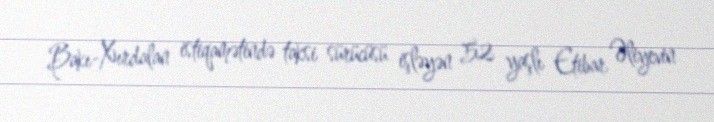
Bakı-Xırdalan istiqamətində taksi sürücüsü işləyən 52 yaşlı Etibar Əliyevin